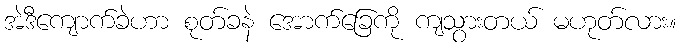
အဲဒီကျောက်ခဲဟာ စုတ်ခနဲ အောက်ခြေကို ကျသွားတယ် မဟုတ်လား။